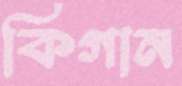
কিগান